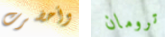
وأحضرت ترومان